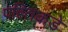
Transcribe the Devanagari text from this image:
पद्द्तिकडे